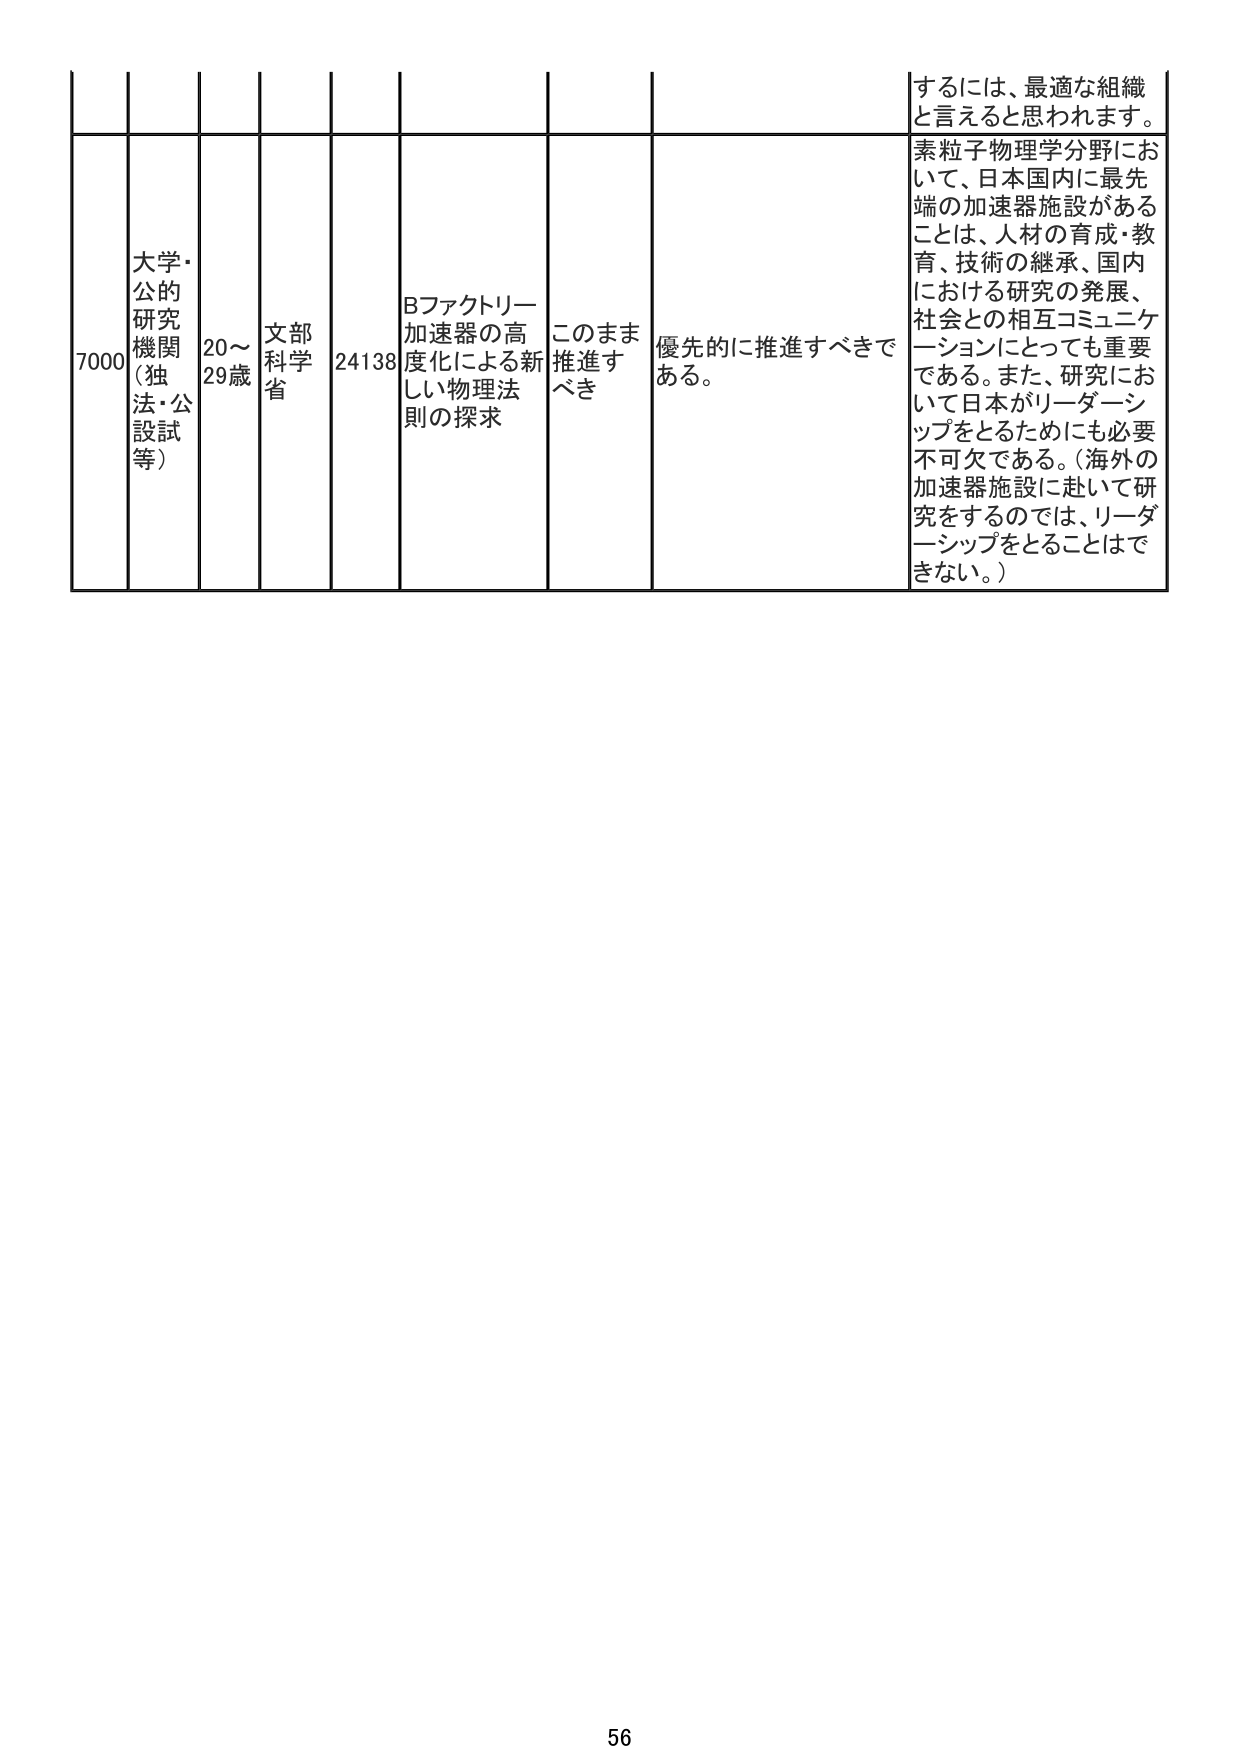
7000
大学・公的研究機関（独法・公設試等）
20～29歳
文部科学省
24138
Bファクトリー加速器の高度化による新しい物理法則の探求
このまま推進すべき
優先的に推進すべきである。
するには、最適な組織と言えると思われます。
素粒子物理学分野において、日本国内に最先端の加速器施設があることは、人材の育成・教育、技術の継承、国内における研究の発展、社会との相互コミュニケーションにとっても重要である。また、研究において日本がリーダーシップをとるためにも必要不可欠である。（海外の加速器施設に赴いて研究をするのでは、リーダーシップをとることはできない。）
56